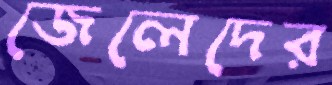
জেলেদের